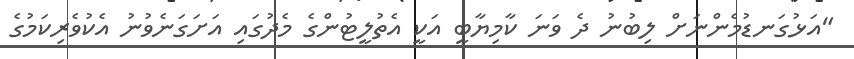
"އަޅުގަނޑުމެންނަށް ލިބުނު ދެ ވަނަ ކާމިޔާބީ އަކީ އެތުލީޓުންގެ މެދުގައި އަށަގަނެވުނު އެކުވެރިކަމުގެ